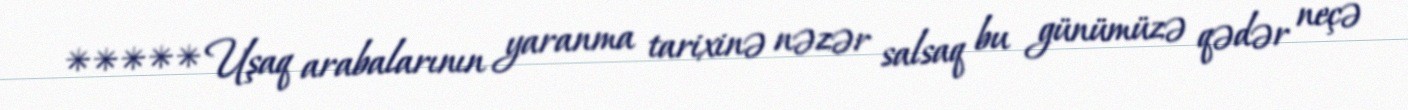
***** Uşaq arabalarının yaranma tarixinə nəzər salsaq bu günümüzə qədər neçə